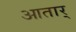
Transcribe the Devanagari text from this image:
आतार्